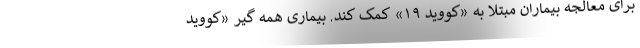
برای معالجه بیماران مبتلا به «کووید ۱۹» کمک کند. بیماری همه گیر «کووید